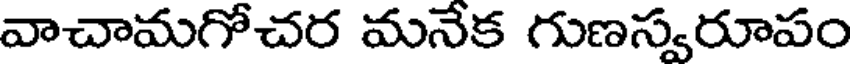
వాచామగోచర మనేక గుణస్వరూపం